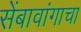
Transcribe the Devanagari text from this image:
सेंबावांगाचा